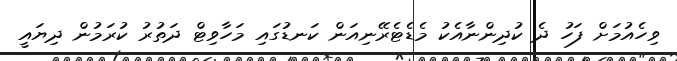
ވިހެއުމަށް ފަހު ދެ ކުދިންނާއެކު މެޑެޓެރޭނިއަން ކަނޑުގައި މަހާވިޓް ދަތުރު ކުރަމުން ދިޔައީ